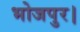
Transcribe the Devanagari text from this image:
भोजपुर।